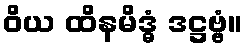
ဝိယ ထိနမိဒ္ဓံ ဒဋ္ဌဗ္ဗံ။